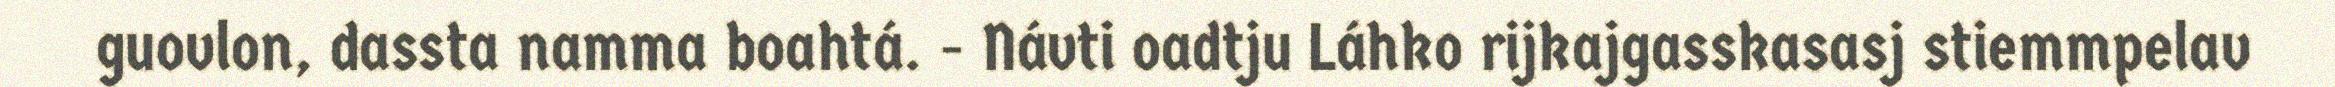
guovlon, dassta namma boahtá. - Návti oadtju Láhko rijkajgasskasasj stiemmpelav